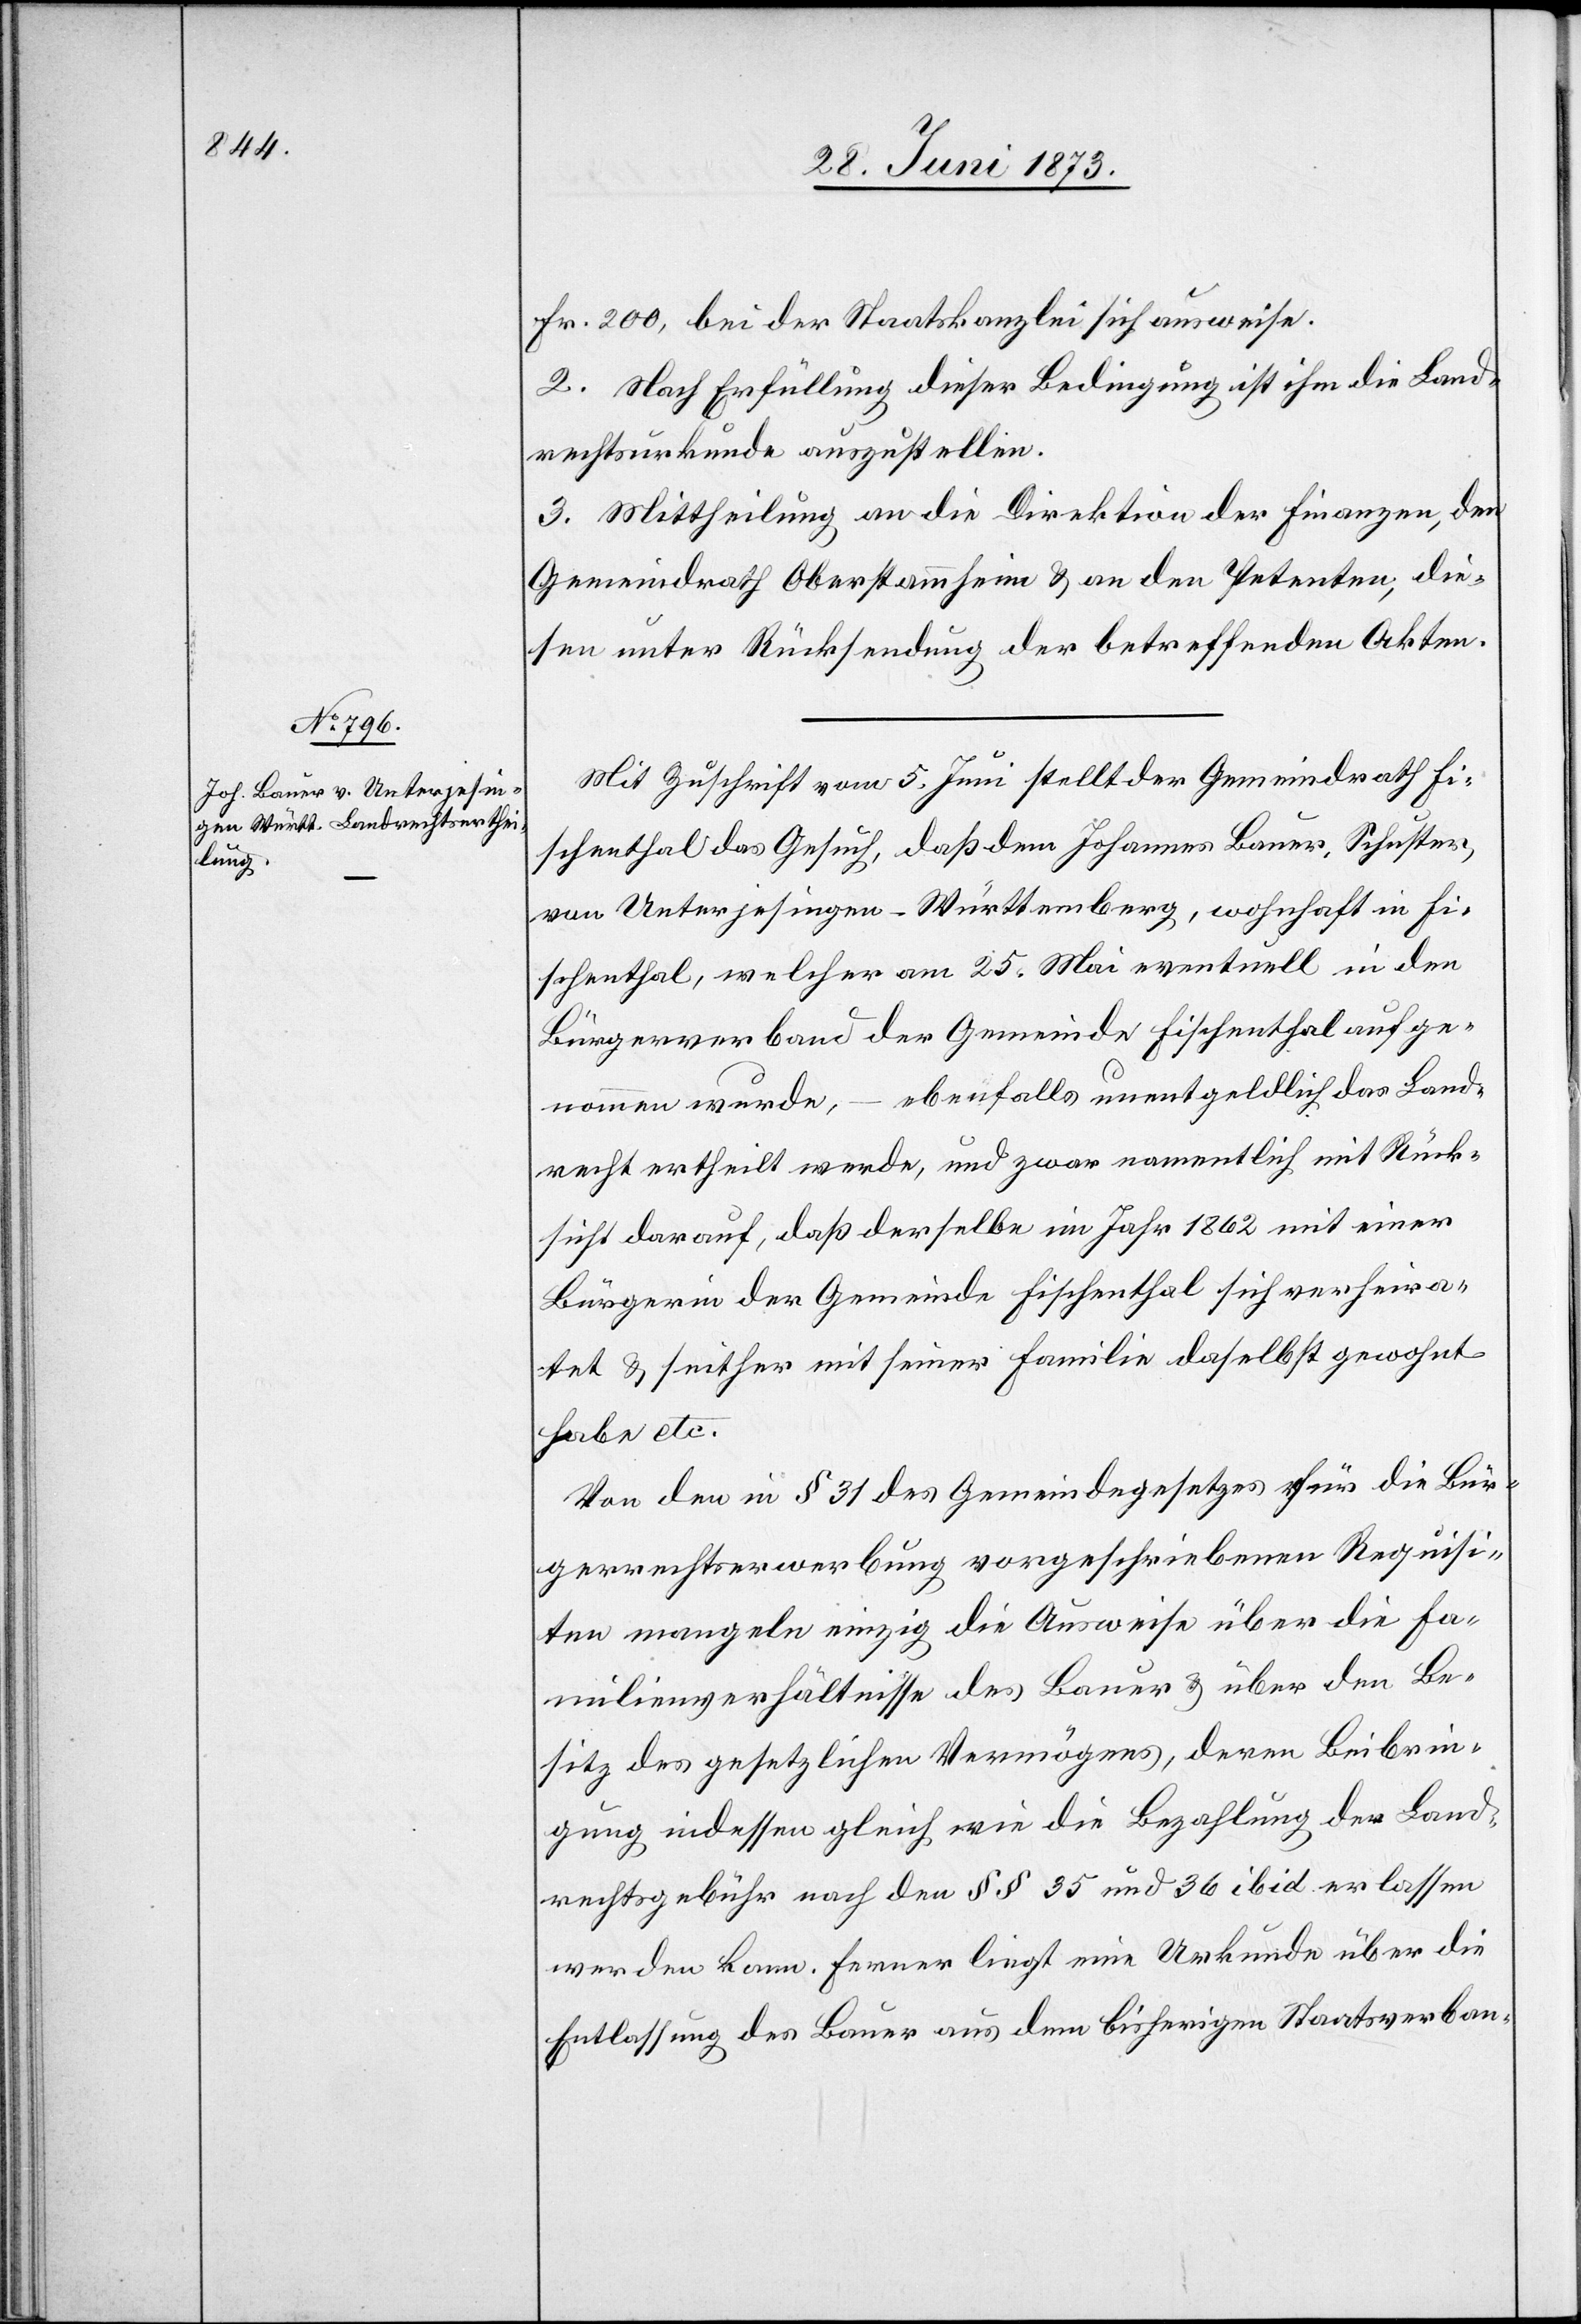
Fr. 200, bei der Staatskanzlei sich ausweise.
2. Nach Erfüllung dieser Bedingung ist ihm die Land¬
rechtsurkunde auszustellen.
3. Mittheilung an die Direktion der Finanzen, den
Gemeindrath Oberstammheim & an den Petenten, die¬
sen unter Rücksendung der betreffenden Akten.
Mit Zuschrift vom 5. Juni stellt der Gemeindrath Fi¬
schenthal das Gesuch, daß dem Johannes Bauer, Schuster,
von Unterjesingen-Württemberg, wohnhaft in Fi¬
schenthal, welcher am 25. Mai eventuell in den
Bürgerverband der Gemeinde Fischenthal aufge¬
nommen wurde, – ebenfalls unentgeldlich das Land¬
recht ertheilt werde, und zwar namentlich mit Rück¬
sicht darauf, daß derselbe im Jahr 1862 mit einer
Bürgerin der Gemeinde Fischenthal sich verheira¬
tet & seither mit seiner Familie daselbst gewohnt
habe etc.
Von den in § 31 des Gemeindegesetzes für die Bür¬
gerrechtserwerbung vorgeschriebenen Requisi¬
ten mangeln einzig die Ausweise über die Fa¬
milienverhältnisse des Bauer & über den Be¬
sitz des gesetzlichen Vermögens, deren Beibrin¬
gung indessen gleich wie die Bezahlung der Land¬
rechtsgebühr nach den §§ 35 und 36 ibid. erlassen
werden kann. Ferner liegt eine Urkunde über die
Entlassung des Bauer aus dem bisherigen Staatsverban-